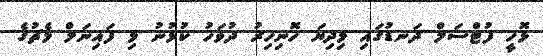
ޅޮހީ ފުޓްސަލް ދަނޑުގައި މިދިޔަ ހޮނިހިރު ދުވަހު ކުޅުނު މި ފައިނަލް މެޗުގެ